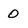
Character: 0